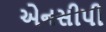
એનસીપી